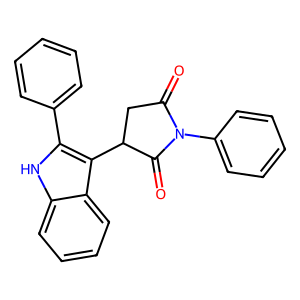
SMILES: O=C1CC(c2c(-c3ccccc3)[nH]c3ccccc23)C(=O)N1c1ccccc1
Inhibits HIV replication: No